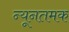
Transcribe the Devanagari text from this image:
न्यूनतमक